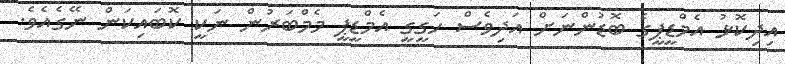
އިދިކޮޅު އެމްޑީޕީގެ ބޮޑުންނަށް އަދިވެސް ހަގީގީ އެމްޑީޕީ މެމްބަރުން ނަކީ ކޮބައިކަން ނޭގެއެވެ.